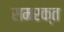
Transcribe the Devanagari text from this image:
समरक्त